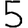
Digit: 5